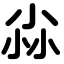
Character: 尛